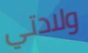
ولادتي